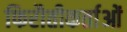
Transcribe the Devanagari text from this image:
फिरौतीकर्ताओं